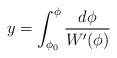
LaTeX: \begin{align*}y=\int_{\phi_0}^{\phi} \frac{d\phi }{W' (\phi )}\end{align*}